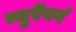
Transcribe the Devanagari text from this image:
न्युरेंबर्ग